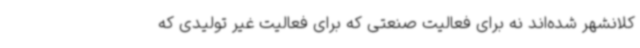
کلانشهر شده‌اند نه برای فعالیت صنعتی که برای فعالیت غیر تولیدی که